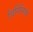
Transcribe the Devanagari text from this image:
विर्गिनियो